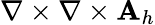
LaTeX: \nabla\times\nabla\times{\mathbf A}_{h}